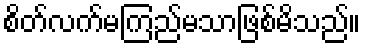
စိတ်လက်မကြည်မသာဖြစ်မိသည်။